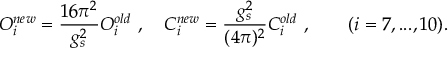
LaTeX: { \cal O } _ { i } ^ { n e w } = \frac { 1 6 \pi ^ { 2 } } { g _ { s } ^ { 2 } } { { \cal O } } _ { i } ^ { o l d } ~ , \quad C _ { i } ^ { n e w } = \frac { g _ { s } ^ { 2 } } { ( 4 \pi ) ^ { 2 } } { C } _ { i } ^ { o l d } ~ , \quad \quad ( i = 7 , . . . , 1 0 ) .